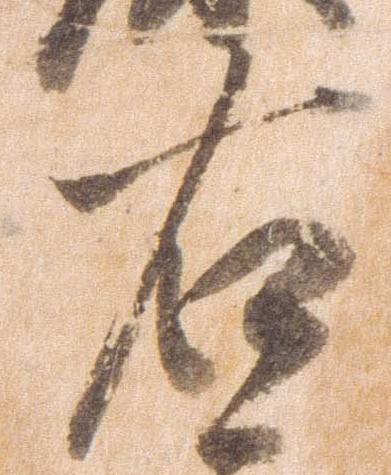
右